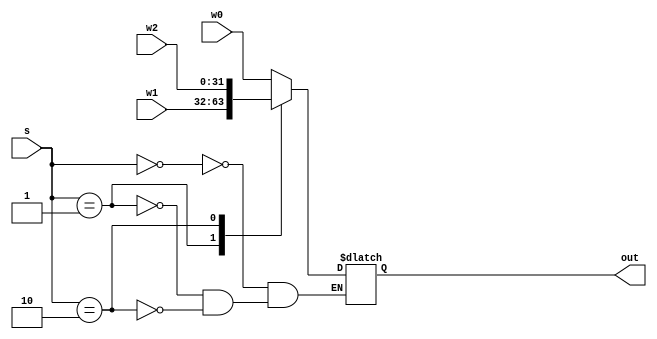
`timescale 1ns / 1ps
//////////////////////////////////////////////////////////////////////////////////
// Company: 
// Engineer: 
// 
// Design Name: 
// Module Name: adder1bit
// Project Name: 
// Target Devices: 
// Tool Versions: 
// Description: 3to1mux.v represents a mux with 3 32-bit bus inputs and a 2-bit
//              selector that chooses one of the inputs to move to output
// Dependencies: 
// 
// Revision:
// Revision 0.01 - File Created
// Additional Comments:
// 
//////////////////////////////////////////////////////////////////////////////////
module mux3to1(w0, w1, w2, s, out);
input [31:0]w0; 
input [31:0]w1;
input [31:0]w2;
input [1:0]s;
output reg [31:0]out;

// seletor value chooses one of the inputs to send to output
always@(w0, w1, w2, s)
    case(s)
    0: out = w0;
    1: out = w1;
    2: out = w2;
    endcase

endmodule